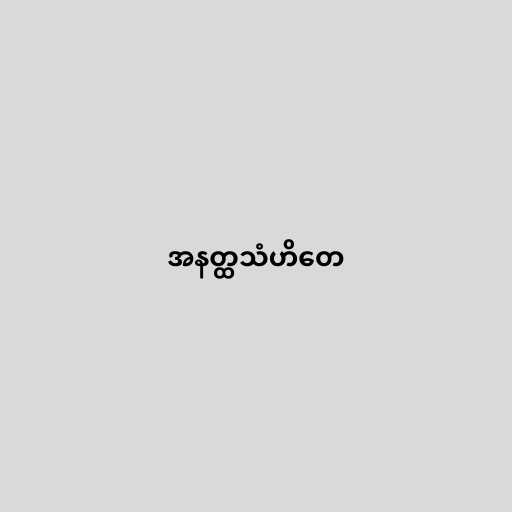
အနတ္ထသံဟိတေ